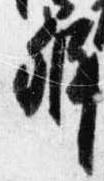
弁